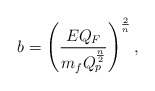
\begin{align*}b=\left({{EQ_F}\over{m_fQ^{n\over 2}_p}}\right)^{2\over n},\end{align*}